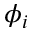
\phi _ { i }